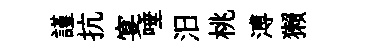
謹抗宴唾汨桃溥獺